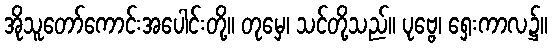
အိုသူတော်ကောင်းအပေါင်းတို့။ တုမှေ၊ သင်တို့သည်။ ပုဗ္ဗေ၊ ရှေးကာလ၌။